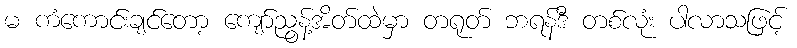
မ ကံကောင်းချင်တော့ ကျော်ညွန့်အိတ်ထဲမှာ တရုတ် ဘရန်ဒီ တစ်လုံး ပါလာသဖြင့်